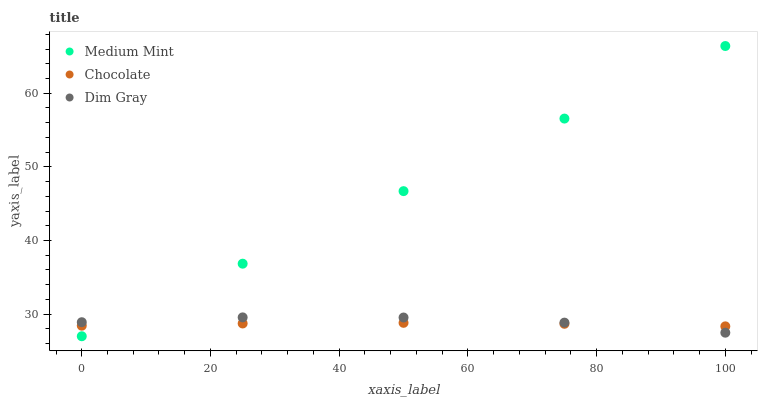
| xaxis_label | Medium Mint | Chocolate | Dim Gray |
 | --- | --- | --- | --- |
 | 0 | 27 | 28.4 | 28.9 |
 | 25 | 36.9 | 28.7 | 29.6 |
 | 50 | 46.7 | 28.8 | 29.5 |
 | 75 | 56.6 | 28.7 | 28.9 |
 | 100 | 66.4 | 28.3 | 27.5 |